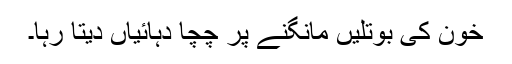
خون کی بوتلیں مانگنے پر چچا دہائیاں دیتا رہا۔